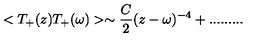
< T _ { + } ( z ) T _ { + } ( \omega ) > \sim \frac { C } { 2 } ( z - \omega ) ^ { - 4 } + . . . . . . . . .